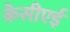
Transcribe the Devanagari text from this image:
केसीएई